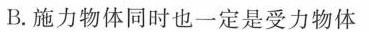
B.施力物体同时也一定是受力物体